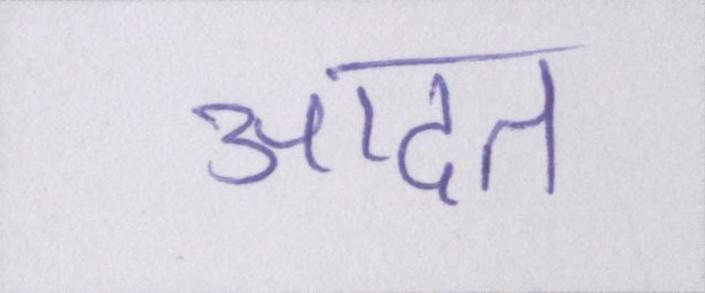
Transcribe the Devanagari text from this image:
आदत